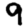
Digit: 9